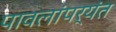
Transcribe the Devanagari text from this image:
पावलांपर्यंत